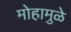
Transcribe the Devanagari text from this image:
मोहामुळे